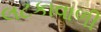
લટકાવાળી